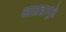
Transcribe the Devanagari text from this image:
आग्रहापुढे